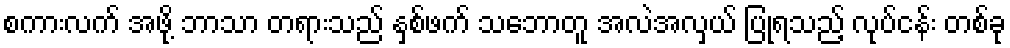
စကားလက် အဖို့ ဘာသာ တရားသည် နှစ်ဖက် သဘောတူ အလဲအလှယ် ပြုရသည့် လုပ်ငန်း တစ်ခု